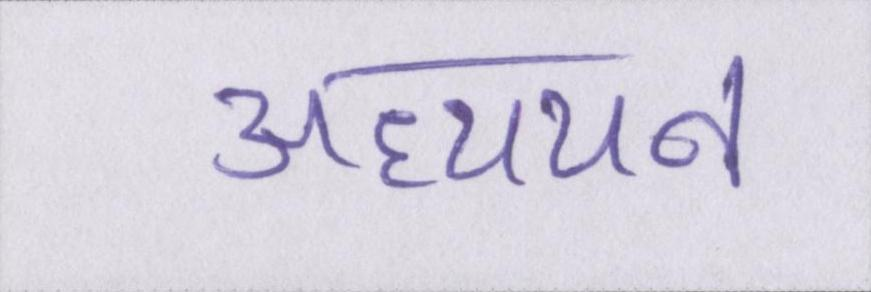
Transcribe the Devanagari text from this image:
अध्ययन